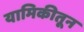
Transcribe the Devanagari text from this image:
यामिकीतून